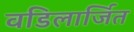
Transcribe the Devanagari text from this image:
वडिलार्जित